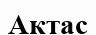
Актас